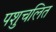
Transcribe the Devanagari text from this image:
पशुचलित